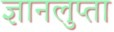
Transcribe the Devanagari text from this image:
ज्ञानलुप्ता